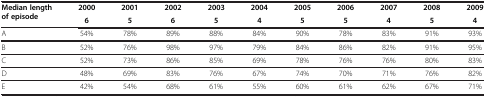
| Median length of episode | 2000 | 2001 | 2002 | 2003 | 2004 | 2005 | 2006 | 2007 | 2008 | 2009 |
 |  | 6 | 5 | 6 | 5 | 4 | 5 | 5 | 4 | 5 | 4 |
 | --- | --- | --- | --- | --- | --- | --- | --- | --- | --- | --- |
 | A | 54% | 78% | 89% | 88% | 84% | 90% | 78% | 83% | 91% | 93% |
 | B | 52% | 76% | 98% | 97% | 79% | 84% | 86% | 82% | 91% | 95% |
 | C | 52% | 73% | 86% | 85% | 69% | 78% | 76% | 76% | 80% | 83% |
 | D | 48% | 69% | 83% | 76% | 67% | 74% | 70% | 71% | 76% | 82% |
 | E | 42% | 54% | 68% | 61% | 55% | 60% | 61% | 62% | 67% | 71% |